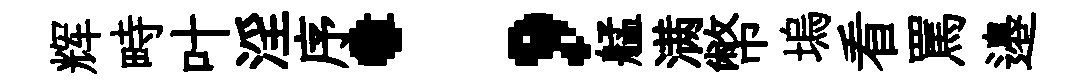
辉畤叶淫序；艋满幣塢看罵邉